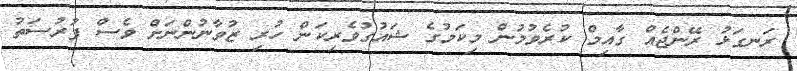
ރަނގަޅު ރޭންޖެއް ގާއިމް ކުރެވުމުން މިކަމުގެ ޝައުގުވެރިކަން ހުރި ޒުވާނުންނަށް ވެސް ފުރުސަތު